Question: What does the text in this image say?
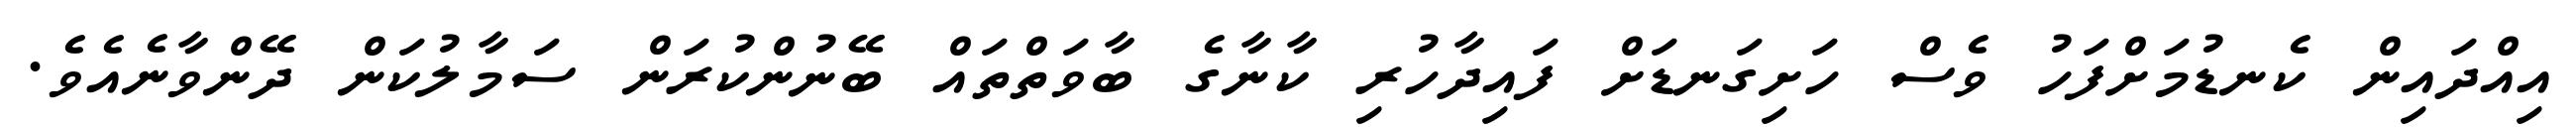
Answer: އިއްދައިން ކެނޑުމަށްފަހު ވެސް ހަށިގަނޑަށް ފައިދާހުރި ކާނާގެ ބާވަތްތައް ބޭނުންކުރަން ސަމާލުކަން ދޭންވާނެއެވެ.